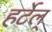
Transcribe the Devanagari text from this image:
हर्टेल्